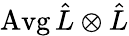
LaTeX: \operatorname{Avg}\hat{L}\otimes\hat{L}